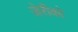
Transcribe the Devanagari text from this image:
जेरीको